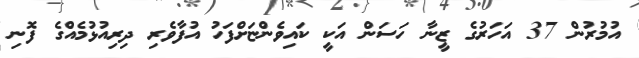
އުމުރުން 37 އަހަރުގެ ޒީނާ ހަސަން އަކީ ކައިވެންޏަށްފަހު އުފާވެރި ދިރިއުޅުމެއްގެ ފޮނި